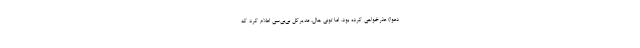
دعوا) عذرخواهی کرده بود. اما تونی هال، مدیرکل بی‌بی‌سی اعلام کرد که